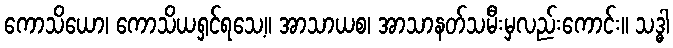
ကောသိယော၊ ကောသိယရှင်ရသေ့။ အာသာယစ၊ အာသာနတ်သမီးမှလည်းကောင်း။ သဒ္ဓါ